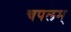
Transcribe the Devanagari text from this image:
चपलम्